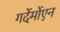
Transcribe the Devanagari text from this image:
गर्देर्मोएन